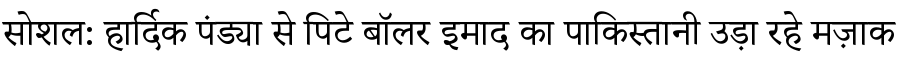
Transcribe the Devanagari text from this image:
सोशल: हार्दिक पंड्या से पिटे बॉलर इमाद का पाकिस्तानी उड़ा रहे मज़ाक